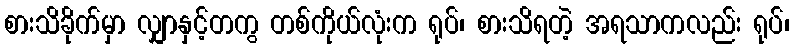
စားသိခိုက်မှာ လျှာနှင့်တကွ တစ်ကိုယ်လုံးက ရုပ်၊ စားသိရတဲ့ အရသာကလည်း ရုပ်၊